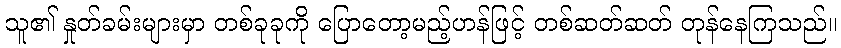
သူ၏ နှုတ်ခမ်းများမှာ တစ်ခုခုကို ပြောတော့မည့်ဟန်ဖြင့် တစ်ဆတ်ဆတ် တုန်နေကြသည်။